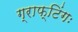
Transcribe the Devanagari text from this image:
ग्राफ्टिंगः